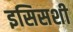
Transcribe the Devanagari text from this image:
इसिसशी